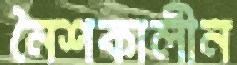
নৈশকালীন